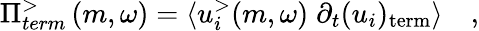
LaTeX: \Pi_{term}^{>}\left(m,\omega\right)=\left<u_{i}^{>}{\left(m,\omega\right)}\; \partial_{t}(u_{i})_{\textrm{term}}\right>\quad\textrm{,}